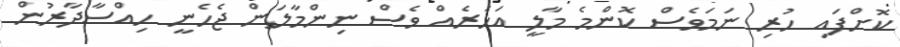
ކޮށްފައި ހުރި ނަމަވެސް ކޮންމެ މާލީ އަހަރެއް ވެސް ނިންމާލަން ޖެހެނީ ހިއްސާދާރުން